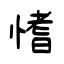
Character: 愭